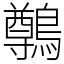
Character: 鷷